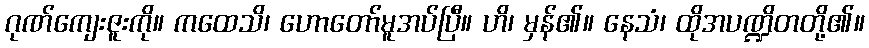
ဂုဏ်ကျေးဇူးကို။ ကထေသိ၊ ဟောတော်မူအပ်ပြီ။ ဟိ၊ မှန်၏။ နေသံ၊ ထိုအပဏ္ဍိတတို့၏။